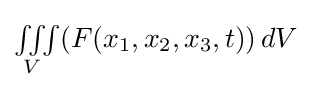
{\textstyle \iiint \limits _{V}(F(x_{1},x_{2},x_{3},t))\,dV}